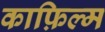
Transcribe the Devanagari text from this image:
काफ़िल्म